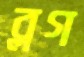
ব্লগ